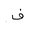
Letter: _fa